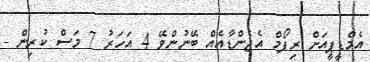
އެމްޑީޕީއަށް ރިފޯމް އެޖެންޑާއެއް ބޭނުންވޭ 4 އަހަރު 7 މަސް ކުރިން -